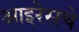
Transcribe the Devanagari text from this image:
आइरेसचे